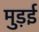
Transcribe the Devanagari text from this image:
मुड़ई